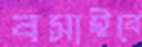
বসাইবে